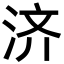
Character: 济